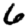
Digit: 6